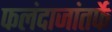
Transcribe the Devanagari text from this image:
फलंदाजांतर्फे